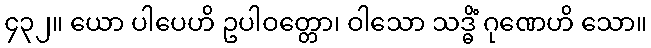
၄၃၂။ ယော ပါပေဟိ ဥပါဝတ္တော၊ ဝါသော သဒ္ဓိံ ဂုဏေဟိ သော။